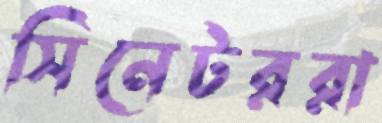
সিনেটররা